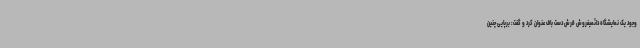
وجود یک نمایشگاه دائمیفروش فرش دست باف عنوان کرد و گفت: برپایی چنین